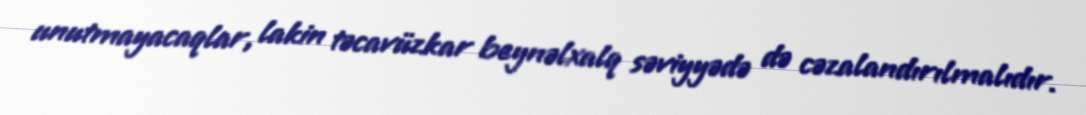
unutmayacaqlar, lakin təcavüzkar beynəlxalq səviyyədə də cəzalandırılmalıdır.